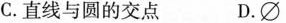
C. 直线与圆的交点 D .\varnothing